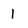
Character: 1